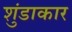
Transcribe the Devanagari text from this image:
शुंडाकार